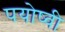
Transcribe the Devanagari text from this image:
पयोष्वी